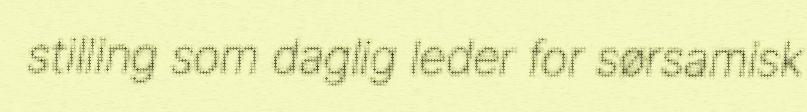
stilling som daglig leder for sørsamisk